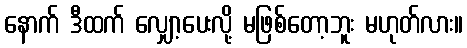
နောက် ဒီထက် လျှော့ပေးလို့ မဖြစ်တော့ဘူး မဟုတ်လား။